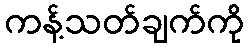
ကန့်သတ်ချက်ကို